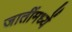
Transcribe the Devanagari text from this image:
जातींमध्यें